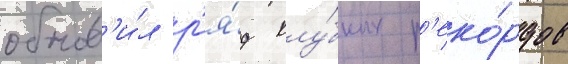
обнов'и́л р'я́д клу́бных р'еко́рдов